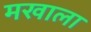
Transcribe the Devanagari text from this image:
मखाला